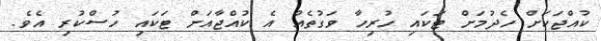
ކުއްޖަކަށް ހެދުމަށް ޓަކައި ހުރިހާ ވަގުތެއް އެ ކުއްޖާއަށް ޓަކައި ހުސްކުރި އެވެ.